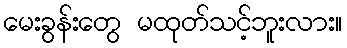
မေးခွန်းတွေ မထုတ်သင့်ဘူးလား။